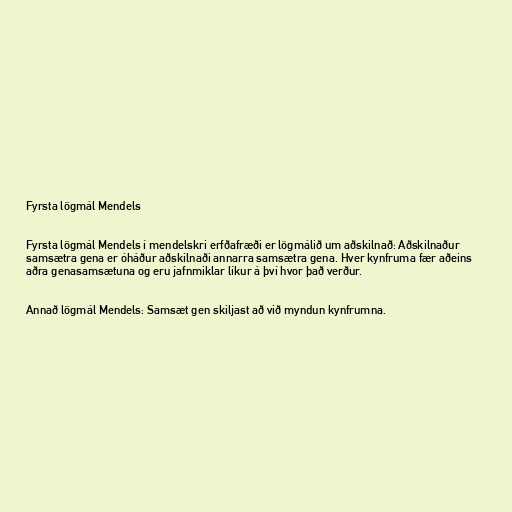
Fyrsta lögmál Mendels

Fyrsta lögmál Mendels í mendelskri erfðafræði er lögmálið um aðskilnað: Aðskilnaður
samsætra gena er óháður aðskilnaði annarra samsætra gena. Hver kynfruma fær aðeins
aðra genasamsætuna og eru jafnmiklar líkur á því hvor það verður.

Annað lögmál Mendels: Samsæt gen skiljast að við myndun kynfrumna.